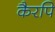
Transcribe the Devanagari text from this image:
कैरपि